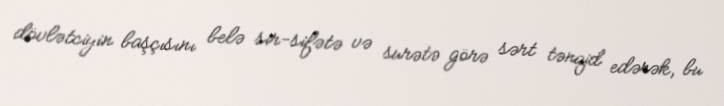
dövlətciyin başçısını belə sir-sifətə və surətə görə sərt tənqid edərək, bu